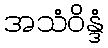
အသံဝိန္ဒံ